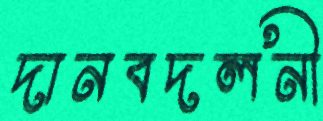
দানবদলনী